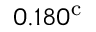
0 . 1 8 0 ^ { \mathrm { c } }